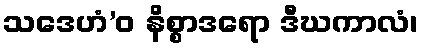
သဒေဟံ’ဝ နိစ္စာဒရော ဒီဃကာလံ၊